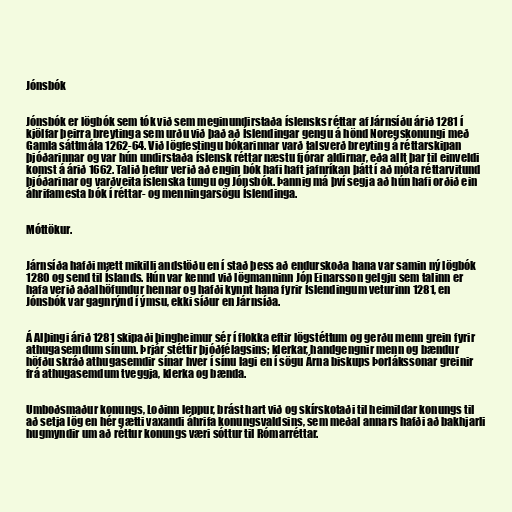
Jónsbók

Jónsbók er lögbók sem tók við sem meginundirstaða íslensks réttar af Járnsíðu árið 1281 í
kjölfar þeirra breytinga sem urðu við það að Íslendingar gengu á hönd Noregskonungi með
Gamla sáttmála 1262-64. Við lögfestingu bókarinnar varð talsverð breyting á réttarskipan
þjóðarinnar og var hún undirstaða íslensk réttar næstu fjórar aldirnar, eða allt þar til einveldi
komst á árið 1662. Talið hefur verið að engin bók hafi haft jafnríkan þátt í að móta réttarvitund
þjóðarinar og varðveita íslenska tungu og Jónsbók. Þannig má því segja að hún hafi orðið ein
áhrifamesta bók í réttar- og menningarsögu Íslendinga.

Móttökur.

Járnsíða hafði mætt mikilli andstöðu en í stað þess að endurskoða hana var samin ný lögbók
1280 og send til Íslands. Hún var kennd við lögmanninn Jón Einarsson gelgju sem talinn er
hafa verið aðalhöfundur hennar og hafði kynnt hana fyrir Íslendingum veturinn 1281, en
Jónsbók var gagnrýnd í ýmsu, ekki síður en Járnsíða.

Á Alþingi árið 1281 skipaði þingheimur sér í flokka eftir lögstéttum og gerðu menn grein fyrir
athugasemdum sínum. Þrjár stéttir þjóðfélagsins; klerkar, handgengnir menn og bændur
höfðu skráð athugasemdir sínar hver í sínu lagi en í sögu Árna biskups Þorlákssonar greinir
frá athugasemdum tveggja, klerka og bænda.

Umboðsmaður konungs, Loðinn leppur, brást hart við og skírskotaði til heimildar konungs til
að setja lög en hér gætti vaxandi áhrifa konungsvaldsins, sem meðal annars hafði að bakhjarli
hugmyndir um að réttur konungs væri sóttur til Rómarréttar.